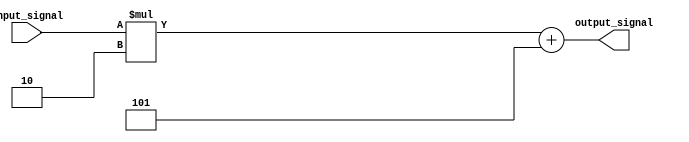
module GenerateFunction (
  input [7:0] input_signal,
  output reg [7:0] output_signal
);

always @(*) begin
  // Define the mathematical function or algorithm
  output_signal = input_signal * 2 + 5;
end

endmodule